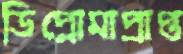
ডিপ্লোমাপ্রাপ্ত